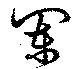
闌